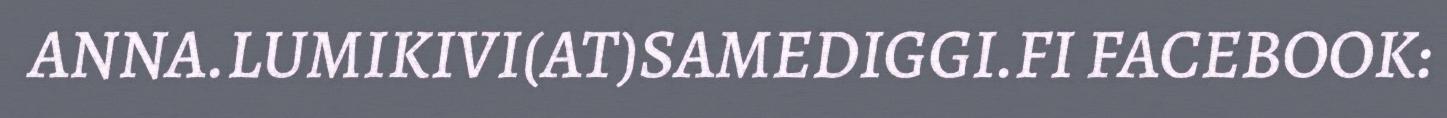
ANNA.LUMIKIVI(AT)SAMEDIGGI.FI FACEBOOK: